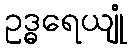
ဥဒ္ဓရေယျုံ